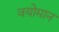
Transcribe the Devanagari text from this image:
वयोमान